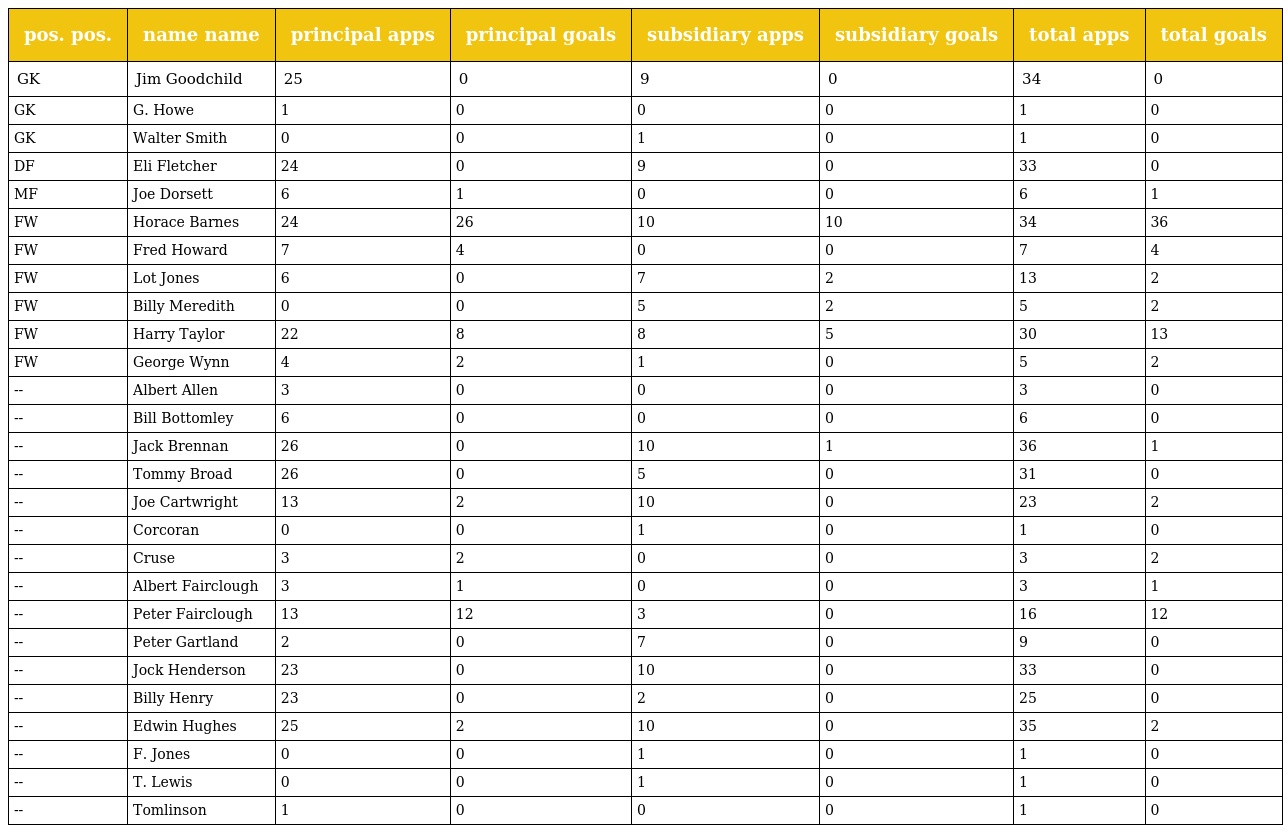
| pos. pos. | name name | principal apps | principal goals | subsidiary apps | subsidiary goals | total apps | total goals |
 | --- | --- | --- | --- | --- | --- | --- | --- |
 | GK | Jim Goodchild | 25 | 0 | 9 | 0 | 34 | 0 |
 | GK | G. Howe | 1 | 0 | 0 | 0 | 1 | 0 |
 | GK | Walter Smith | 0 | 0 | 1 | 0 | 1 | 0 |
 | DF | Eli Fletcher | 24 | 0 | 9 | 0 | 33 | 0 |
 | MF | Joe Dorsett | 6 | 1 | 0 | 0 | 6 | 1 |
 | FW | Horace Barnes | 24 | 26 | 10 | 10 | 34 | 36 |
 | FW | Fred Howard | 7 | 4 | 0 | 0 | 7 | 4 |
 | FW | Lot Jones | 6 | 0 | 7 | 2 | 13 | 2 |
 | FW | Billy Meredith | 0 | 0 | 5 | 2 | 5 | 2 |
 | FW | Harry Taylor | 22 | 8 | 8 | 5 | 30 | 13 |
 | FW | George Wynn | 4 | 2 | 1 | 0 | 5 | 2 |
 | -- | Albert Allen | 3 | 0 | 0 | 0 | 3 | 0 |
 | -- | Bill Bottomley | 6 | 0 | 0 | 0 | 6 | 0 |
 | -- | Jack Brennan | 26 | 0 | 10 | 1 | 36 | 1 |
 | -- | Tommy Broad | 26 | 0 | 5 | 0 | 31 | 0 |
 | -- | Joe Cartwright | 13 | 2 | 10 | 0 | 23 | 2 |
 | -- | Corcoran | 0 | 0 | 1 | 0 | 1 | 0 |
 | -- | Cruse | 3 | 2 | 0 | 0 | 3 | 2 |
 | -- | Albert Fairclough | 3 | 1 | 0 | 0 | 3 | 1 |
 | -- | Peter Fairclough | 13 | 12 | 3 | 0 | 16 | 12 |
 | -- | Peter Gartland | 2 | 0 | 7 | 0 | 9 | 0 |
 | -- | Jock Henderson | 23 | 0 | 10 | 0 | 33 | 0 |
 | -- | Billy Henry | 23 | 0 | 2 | 0 | 25 | 0 |
 | -- | Edwin Hughes | 25 | 2 | 10 | 0 | 35 | 2 |
 | -- | F. Jones | 0 | 0 | 1 | 0 | 1 | 0 |
 | -- | T. Lewis | 0 | 0 | 1 | 0 | 1 | 0 |
 | -- | Tomlinson | 1 | 0 | 0 | 0 | 1 | 0 |